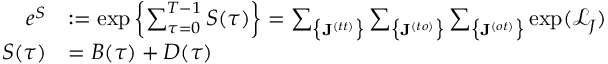
\begin{array} { r l } { e ^ { S } } & { : = \exp \left\{ \sum _ { \tau = 0 } ^ { T - 1 } S ( \tau ) \right\} = \sum _ { \big \{ \mathbf { J } ^ { ( t t ) } \big \} } \sum _ { \big \{ \mathbf { J } ^ { ( t o ) } \big \} } \sum _ { \big \{ \mathbf { J } ^ { ( o t ) } \big \} } \exp ( \mathcal { L } _ { J } ) } \\ { S ( \tau ) } & { = B ( \tau ) + D ( \tau ) } \end{array}